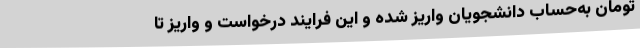
تومان به‌حساب دانشجویان واریز شده و این فرایند درخواست و واریز تا